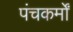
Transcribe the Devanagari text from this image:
पंचकर्मों